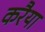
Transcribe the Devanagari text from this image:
करैया